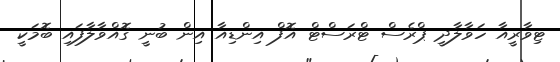
ޓިވާރީއާ ހަވާލާދީ ޕްރެސް ޓްރަސްޓް އޮފް އިންޑިއާ އިން ބުނީ ގޮއްވާލާފައި ބޮމަކީ